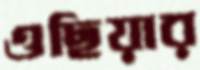
ওছিয়ার